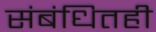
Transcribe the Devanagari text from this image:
संबंधितही